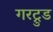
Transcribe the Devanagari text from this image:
गरट्रुड